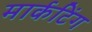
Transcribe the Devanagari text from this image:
मार्कटिंग